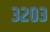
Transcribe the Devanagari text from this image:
३२०३